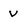
Character: V